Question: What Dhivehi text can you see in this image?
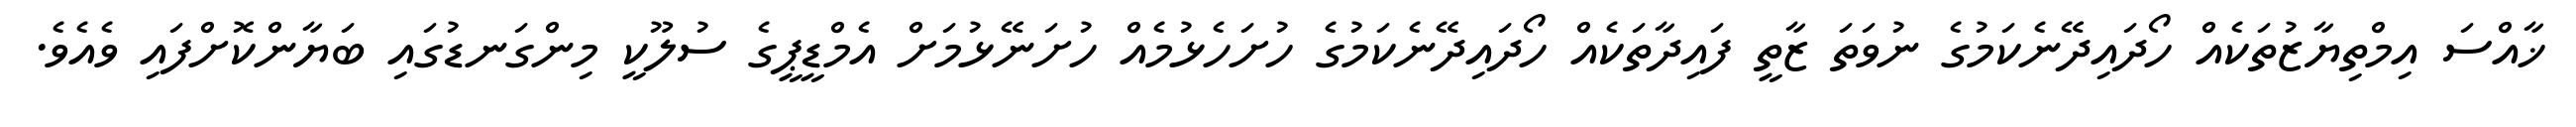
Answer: ޚާއްސަ އިމްތިޔާޒުތަކެއް ހޯދައިދޭނެކަމުގެ ނުވަތަ ޒާތީ ފައިދާތަކެއް ހޯދައިދޭނެކަމުގެ ހުށަހެޅުމެއް ހުށަނޭޅުމަށް އެމްޑީޕީގެ ސުލޫކީ މިންގަނޑުގައި ބަޔާންކޮށްފައި ވެއެވެ.